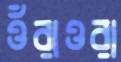
ওঁরাওরা